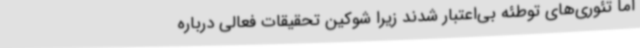
اما تئوری‌های توطئه بی‌اعتبار شدند زیرا شوکین تحقیقات فعالی درباره